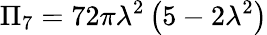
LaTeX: \Pi_{7}=72\pi\lambda^{2}\left(5-2\lambda^{2}\right)